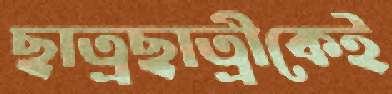
ছাত্রছাত্রীকেই